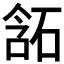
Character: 𰧂